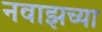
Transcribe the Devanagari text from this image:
नवाझच्या